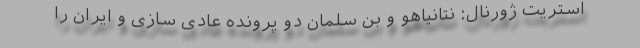
استریت ژورنال: نتانیاهو و بن سلمان دو پرونده عادی سازی و ایران را